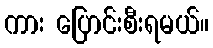
ကား ပြောင်းစီးရမယ်။